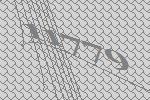
11779